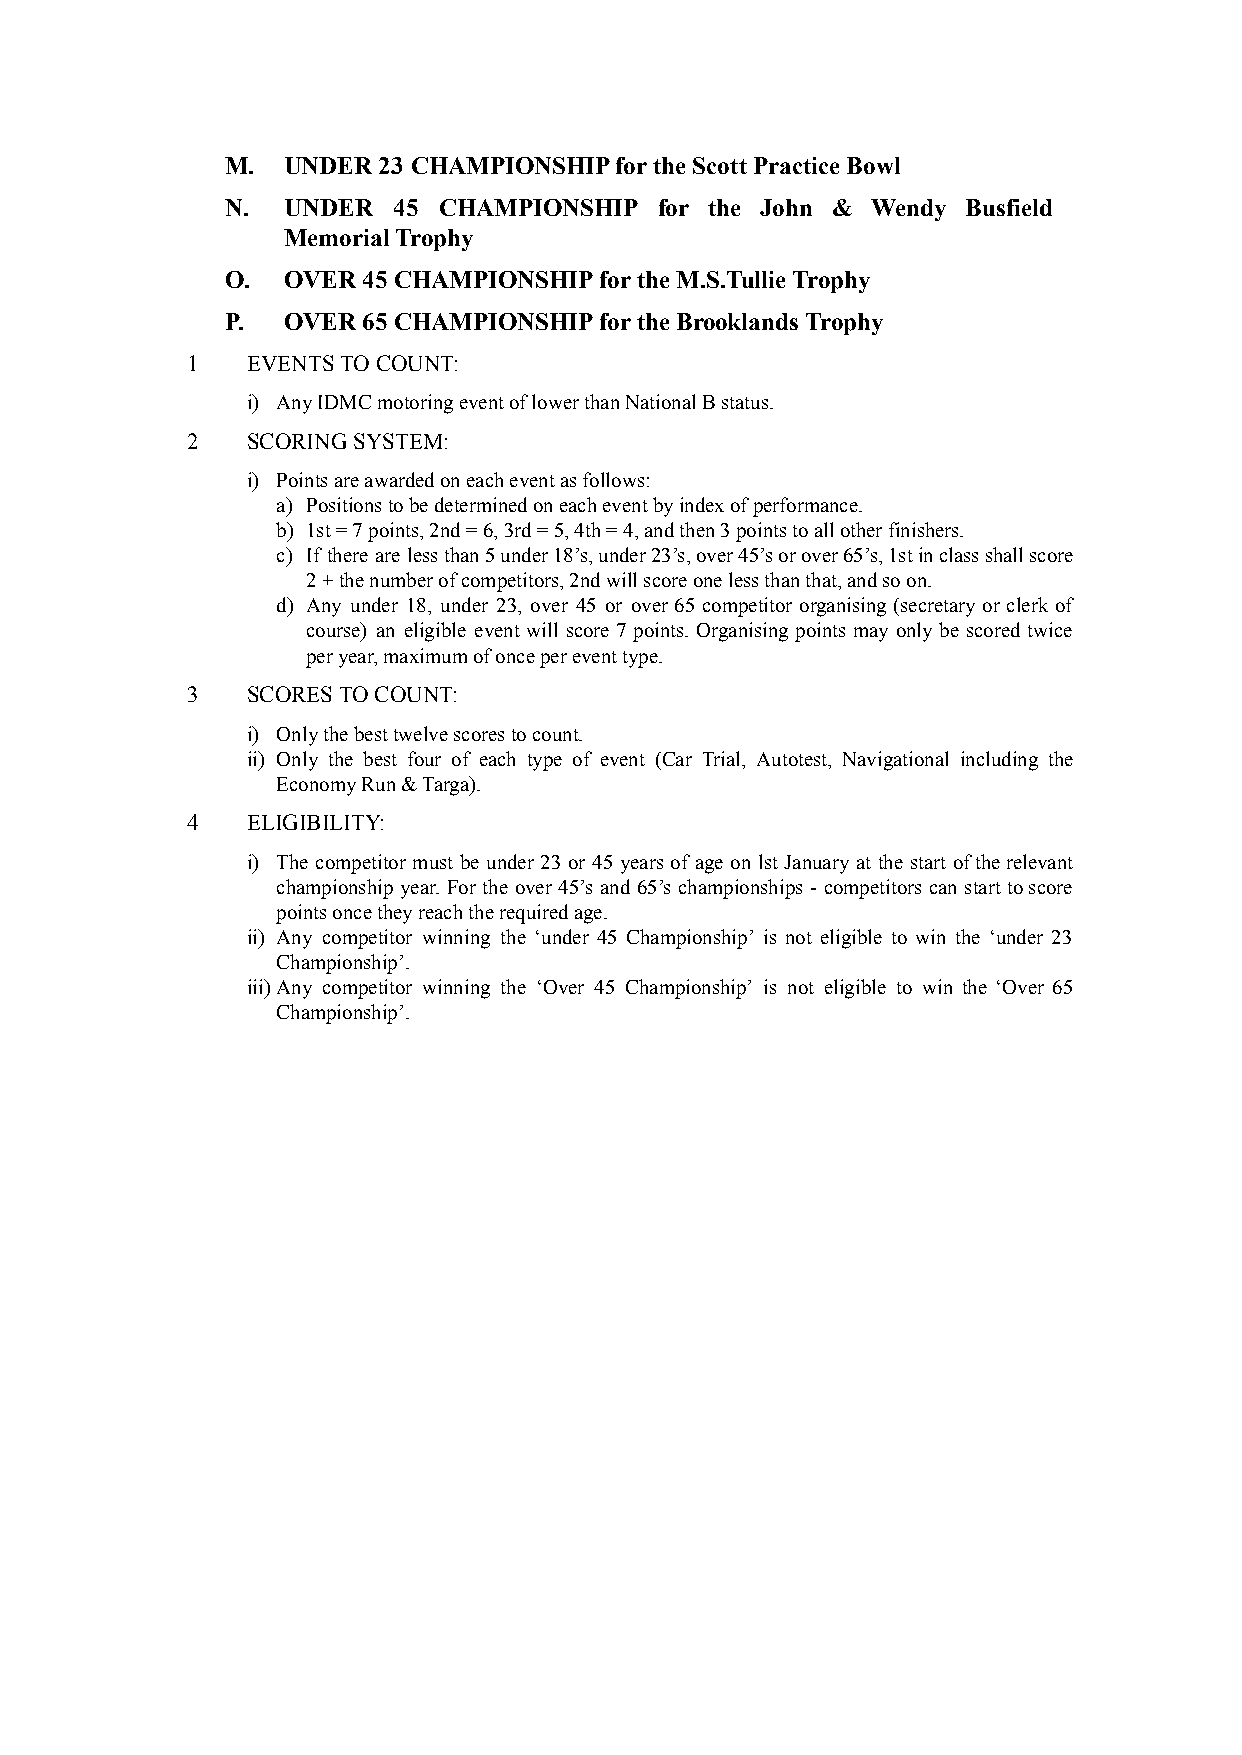
M.  UNDER 23 CHAMPIONSHIP for the Scott Practice Bowl
 N.  UNDER  45 CHAMPIONSHIP   for the John & Wendy Busfield
 Memorial Trophy
 O.  OVER 45 CHAMPIONSHIP for the M.S.Tullie Trophy
 P.  OVER 65 CHAMPIONSHIP for the Brooklands Trophy
 1   EVENTS TO COUNT:
 i) Any IDMC motoring event of lower than National B status.
 2   SCORING SYSTEM:
 i) Points are awarded on each event as follows:
 a) Positions to be determined on each event by index of performance.
 b) 1st = 7 points, 2nd = 6, 3rd = 5, 4th = 4, and then 3 points to all other finishers.
 c) If there are lessthan5under18’s,under23’s,over45’sorover65’s,1stinclassshallscore
 2 + the number of competitors, 2nd will score one less than that, and so on.
 d) Any under 18, under 23, over 45 or over 65 competitor organising (secretary or clerk of
 course) an eligible event will score 7 points. Organising points may only be scored twice
 per year, maximum of once per event type.
 3   SCORES TO COUNT:
 i) Only the best twelve scores to count.
 ii) Only the best four of each type of event (Car Trial, Autotest, Navigational including the
 Economy Run & Targa).
 4   ELIGIBILITY:
 i) The competitor must be under 23 or 45 years of age on lst January at the start oftherelevant
 championship year. For the over 45’s and 65’s championships - competitors can start toscore
 points once they reach the required age.
 ii) Any competitor winning the ‘under 45 Championship’ is not eligible to win the ‘under 23
 Championship’.
 iii)Any competitor winning the ‘Over 45 Championship’ is not eligible to win the ‘Over 65
 Championship’.